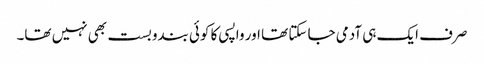
صرف ایک ہی آدمی جا سکتا تھا اور واپسی کا کوئی بندوبست بھی نہیں تھا۔